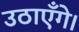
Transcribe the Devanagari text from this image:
उठाएँगे।